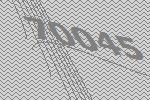
70045